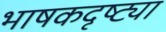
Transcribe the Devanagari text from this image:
भाषकदृष्ट्या